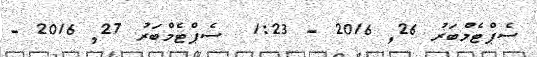
ސެޕްޓެމްބަރު 26